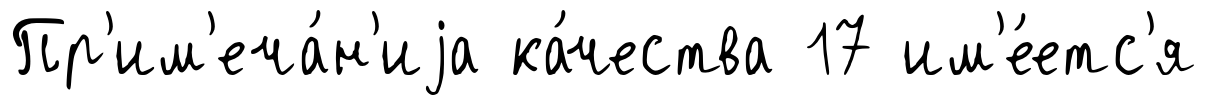
Пр'им'еча́н'иjа ка́чества 17 им'е́етс'я